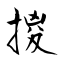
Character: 㨑